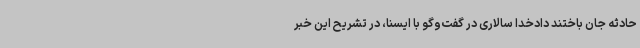
حادثه جان باختند دادخدا سالاری در گفت‌وگو با ایسنا، در تشریح این خبر